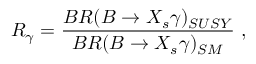
R _ { \gamma } = \frac { B R ( B \to X _ { s } \gamma ) _ { S U S Y } } { B R ( B \to X _ { s } \gamma ) _ { S M } } \ ,